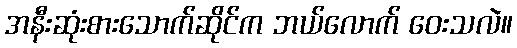
အနီးဆုံးစားသောက်ဆိုင်က ဘယ်လောက် ဝေးသလဲ။